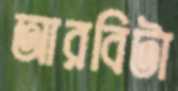
আরবিটা